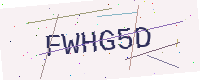
Text: FWHG5D